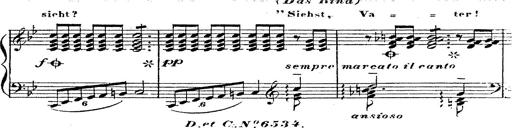
Title: 12 Lieder von Franz Schubert
Composer: Franz Liszt